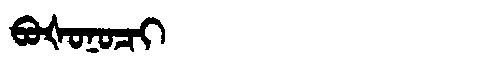
Manchu: ᠪᠣᡧᠣᠨᠣᠴᡳ
Romanization: BOŠONOCI